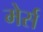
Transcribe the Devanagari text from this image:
मेर्स